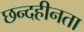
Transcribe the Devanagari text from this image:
छन्दहीनता